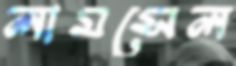
লামসেল